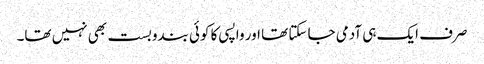
صرف ایک ہی آدمی جا سکتا تھا اور واپسی کا کوئی بندوبست بھی نہیں تھا۔